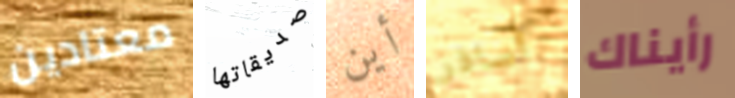
معتادين صديقاتها أين أسافر رأيناك